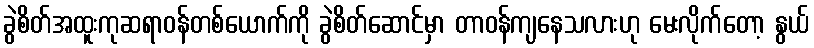
ခွဲစိတ်အထူးကုဆရာဝန်တစ်ယောက်ကို ခွဲစိတ်ဆောင်မှာ တာဝန်ကျနေသလားဟု မေးလိုက်တော့ နွယ်